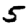
Digit: 5